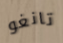
تانغو